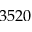
3 5 2 0